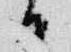
る